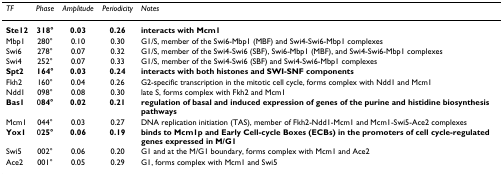
<table><thead><tr><td><b><i>TF</i></b></td><td><b><i>Phase</i></b></td><td><b><i>Amplitude</i></b></td><td><b><i>Periodicity</i></b></td><td><b><i>Notes</i></b></td></tr></thead><tbody><tr><td><b>Ste12</b></td><td><b>318°</b></td><td><b>0.03</b></td><td><b>0.26</b></td><td><b>interacts with Mcm1</b></td></tr><tr><td>Mbp1</td><td>280°</td><td>0.10</td><td>0.30</td><td>G1/S, member of the Swi6-Mbp1 (MBF) and Swi4-Swi6-Mbp1 complexes</td></tr><tr><td>Swi6</td><td>278°</td><td>0.07</td><td>0.32</td><td>G1/S, member of the Swi4-Swi6 (SBF), Swi6-Mbp1 (MBF), and Swi4-Swi6-Mbp1 complexes</td></tr><tr><td>Swi4</td><td>252°</td><td>0.07</td><td>0.33</td><td>G1/S, member of the Swi4-Swi6 (SBF) and Swi4-Swi6-Mbp1 complexes</td></tr><tr><td><b>Spt2</b></td><td><b>164°</b></td><td><b>0.03</b></td><td><b>0.24</b></td><td><b>interacts with both histones and SWI-SNF components</b></td></tr><tr><td>Fkh2</td><td>160°</td><td>0.04</td><td>0.26</td><td>G2-specific transcription in the mitotic cell cycle, forms complex with Ndd1 and Mcm1</td></tr><tr><td>Ndd1</td><td>098°</td><td>0.08</td><td>0.30</td><td>late S, forms complex with Fkh2 and Mcm1</td></tr><tr><td><b>Bas1</b></td><td>0<b>84°</b></td><td><b>0.02</b></td><td><b>0.21</b></td><td><b>regulation of basal and induced expression of genes of the purine and histidine biosynthesis pathways</b></td></tr><tr><td>Mcm1</td><td>044°</td><td>0.03</td><td>0.27</td><td>DNA replication initiation (TAS), member of Fkh2-Ndd1-Mcm1 and Mcm1-Swi5-Ace2 complexes</td></tr><tr><td><b>Yox1</b></td><td>0<b>25°</b></td><td><b>0.06</b></td><td><b>0.19</b></td><td><b>binds to Mcm1p and Early Cell-cycle Boxes (ECBs) in the promoters of cell cycle-regulated genes expressed in M/G1</b></td></tr><tr><td>Swi5</td><td>002°</td><td>0.06</td><td>0.20</td><td>G1 and at the M/G1 boundary, forms complex with Mcm1 and Ace2</td></tr><tr><td>Ace2</td><td>001°</td><td>0.05</td><td>0.29</td><td>G1, forms complex with Mcm1 and Swi5</td></tr></tbody></table>